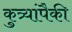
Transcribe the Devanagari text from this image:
कुत्र्यांपैकी